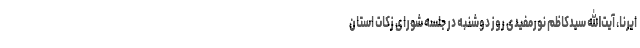
ایرنا، آیت‌الله سیدکاظم نورمفیدی روز دوشنبه در جلسه شورای زکات استان